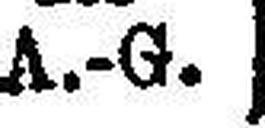
A.-G.